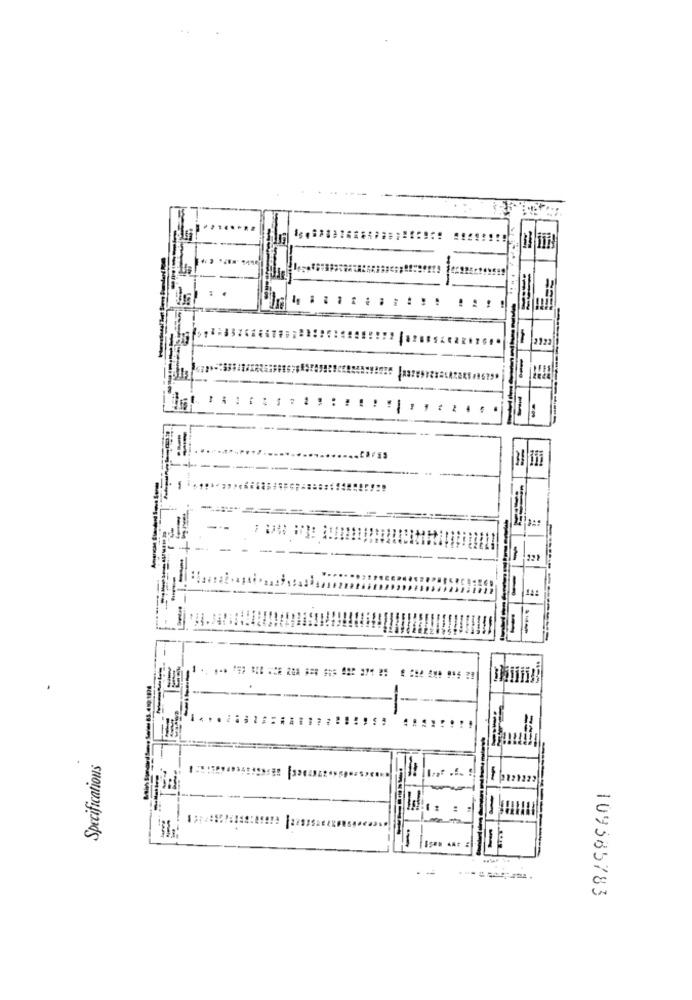
212
-
-
-
12:
Specifications
-
EL A.S
. -
109585783